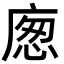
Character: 𢉛